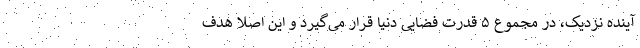
آینده نزدیک، در مجموع ۵ قدرت فضایی دنیا قرار می‌گیرد و این اصلا هدف